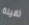
ثقيلة